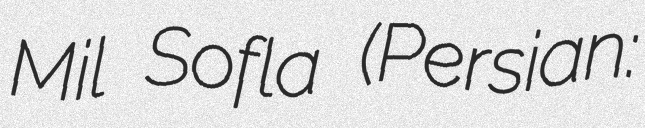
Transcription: Mil Sofla (Persian: